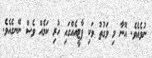
ނުވެއެވެ. އޭނާ މި ވަގުތު ވަކި ޕާޓީއެއްގައި ހުރި ކަމެއް ވެސް ނޭނގެއެވެ.